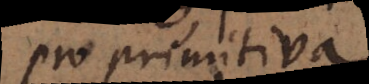
pro primitiva